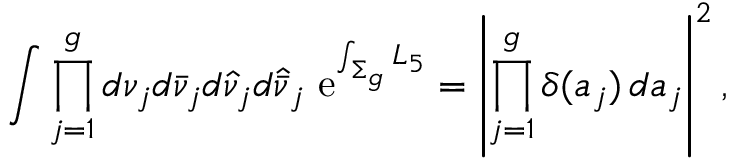
\int \prod _ { j = 1 } ^ { g } d \nu _ { j } d \bar { \nu } _ { j } d \hat { \nu } _ { j } d \hat { \bar { \nu } } _ { j } \, \, \mathrm { e } ^ { \int _ { \Sigma _ { g } } { \cal L } _ { 5 } } = \left| \prod _ { j = 1 } ^ { g } \delta ( a _ { j } ) \, d a _ { j } \right| ^ { 2 } ,